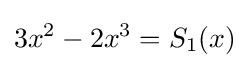
3x^{2}-2x^{3}=S_{1}(x)